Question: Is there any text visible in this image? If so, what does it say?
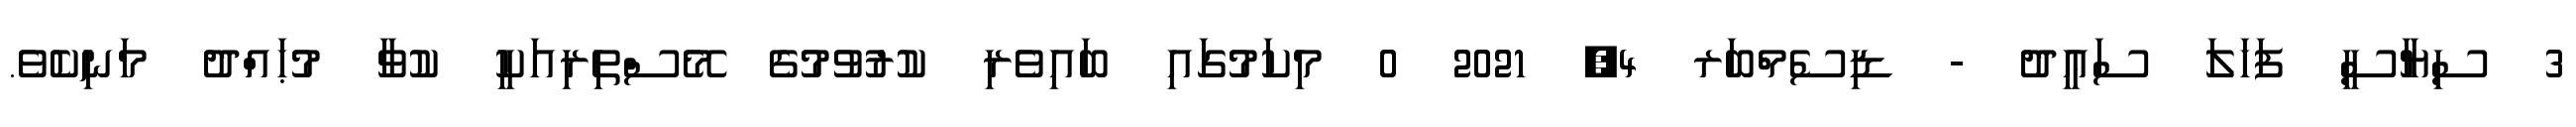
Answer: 3 ސިޔާސީ ފަހަލަ ސަޢީދު - ޑިސެމްބަރ 4, 2021 0 މިކަމުގައި ބައިވެރި ކުރުވުމުގެ މޭސްތިރިއަކީ ކުވާ މުޙައްދު މަނިކެވެ.